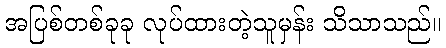
အပြစ်တစ်ခုခု လုပ်ထားတဲ့သူမှန်း သိသာသည်။